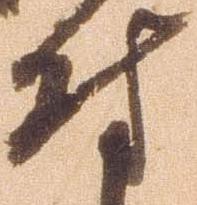
付